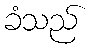
ခံသည်